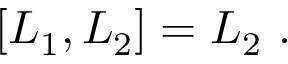
\left[ L _ { 1 } , L _ { 2 } \right] = L _ { 2 } \ .